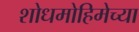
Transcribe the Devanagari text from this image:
शोधमोहिमेच्या